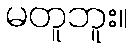
မတူဘူး။